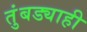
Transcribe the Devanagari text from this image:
तुंबड्याही